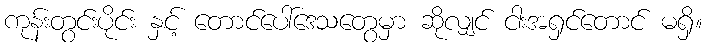
ကုန်းတွင်းပိုင်း နှင့် တောင်ပေါ်ဒေသတွေမှာ ဆိုလျှင် ငါးအရှင်တောင် မရှိ။